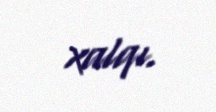
xalqı.